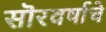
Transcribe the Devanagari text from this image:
सॊरवर्षाचे